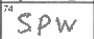
Transcription: SPW